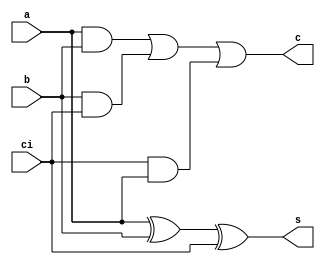
/* verilator lint_off MODDUP */
module csa (a,b,ci,s,c);	// carry save adders
	input a,b,ci;		// input a,b,carry_in
	output s,c;		// output sum,carry_out
	assign c = a&b | b&ci | ci&a;
	assign s = (a^b)^ci;
endmodule